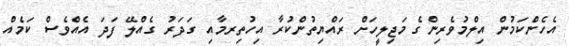
އެހެންކަމުން އިލްމުވެރިންގެ މަޖިލީހަށް ރައްޔިތުންްކުރާ އިހުތިރމާއި ގަދަރު ގެއްލޭ ފަދަ އެއްވެސް ކަމެއް